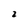
Character: 2